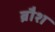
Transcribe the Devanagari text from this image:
ब्रौश